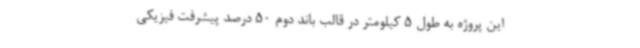
این پروژه به طول 5 کیلومتر در قالب باند دوم 50 درصد پیشرفت فیزیکی